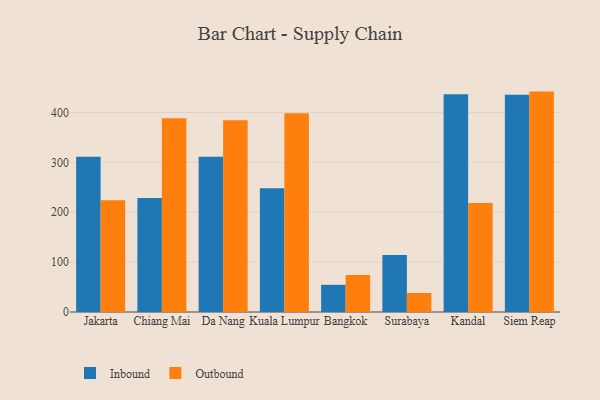
{"axis": {"x": "City", "y": "LTV (USD)"}, "legend": ["Inbound", "Outbound"], "data": [{"x": "Jakarta", "y": 311.1, "type": "Inbound"}, {"x": "Jakarta", "y": 223.9, "type": "Outbound"}, {"x": "Chiang Mai", "y": 228.7, "type": "Inbound"}, {"x": "Chiang Mai", "y": 388.6, "type": "Outbound"}, {"x": "Da Nang", "y": 311.4, "type": "Inbound"}, {"x": "Da Nang", "y": 384.7, "type": "Outbound"}, {"x": "Kuala Lumpur", "y": 247.9, "type": "Inbound"}, {"x": "Kuala Lumpur", "y": 398.6, "type": "Outbound"}, {"x": "Bangkok", "y": 54.5, "type": "Inbound"}, {"x": "Bangkok", "y": 74.3, "type": "Outbound"}, {"x": "Surabaya", "y": 114.1, "type": "Inbound"}, {"x": "Surabaya", "y": 38.1, "type": "Outbound"}, {"x": "Kandal", "y": 436.8, "type": "Inbound"}, {"x": "Kandal", "y": 218.3, "type": "Outbound"}, {"x": "Siem Reap", "y": 435.7, "type": "Inbound"}, {"x": "Siem Reap", "y": 441.9, "type": "Outbound"}]}